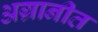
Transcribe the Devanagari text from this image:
अग्रानीत